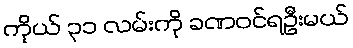
ကိုယ် ၃၁ လမ်းကို ခဏဝင်ရဦးမယ်